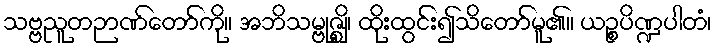
သဗ္ဗညူတဉာဏ်တော်ကို။ အဘိသမ္ဗုဇ္ဈိ၊ ထိုးထွင်း၍သိတော်မူ၏။ ယဉ္စပိဏ္ဍပါတံ၊